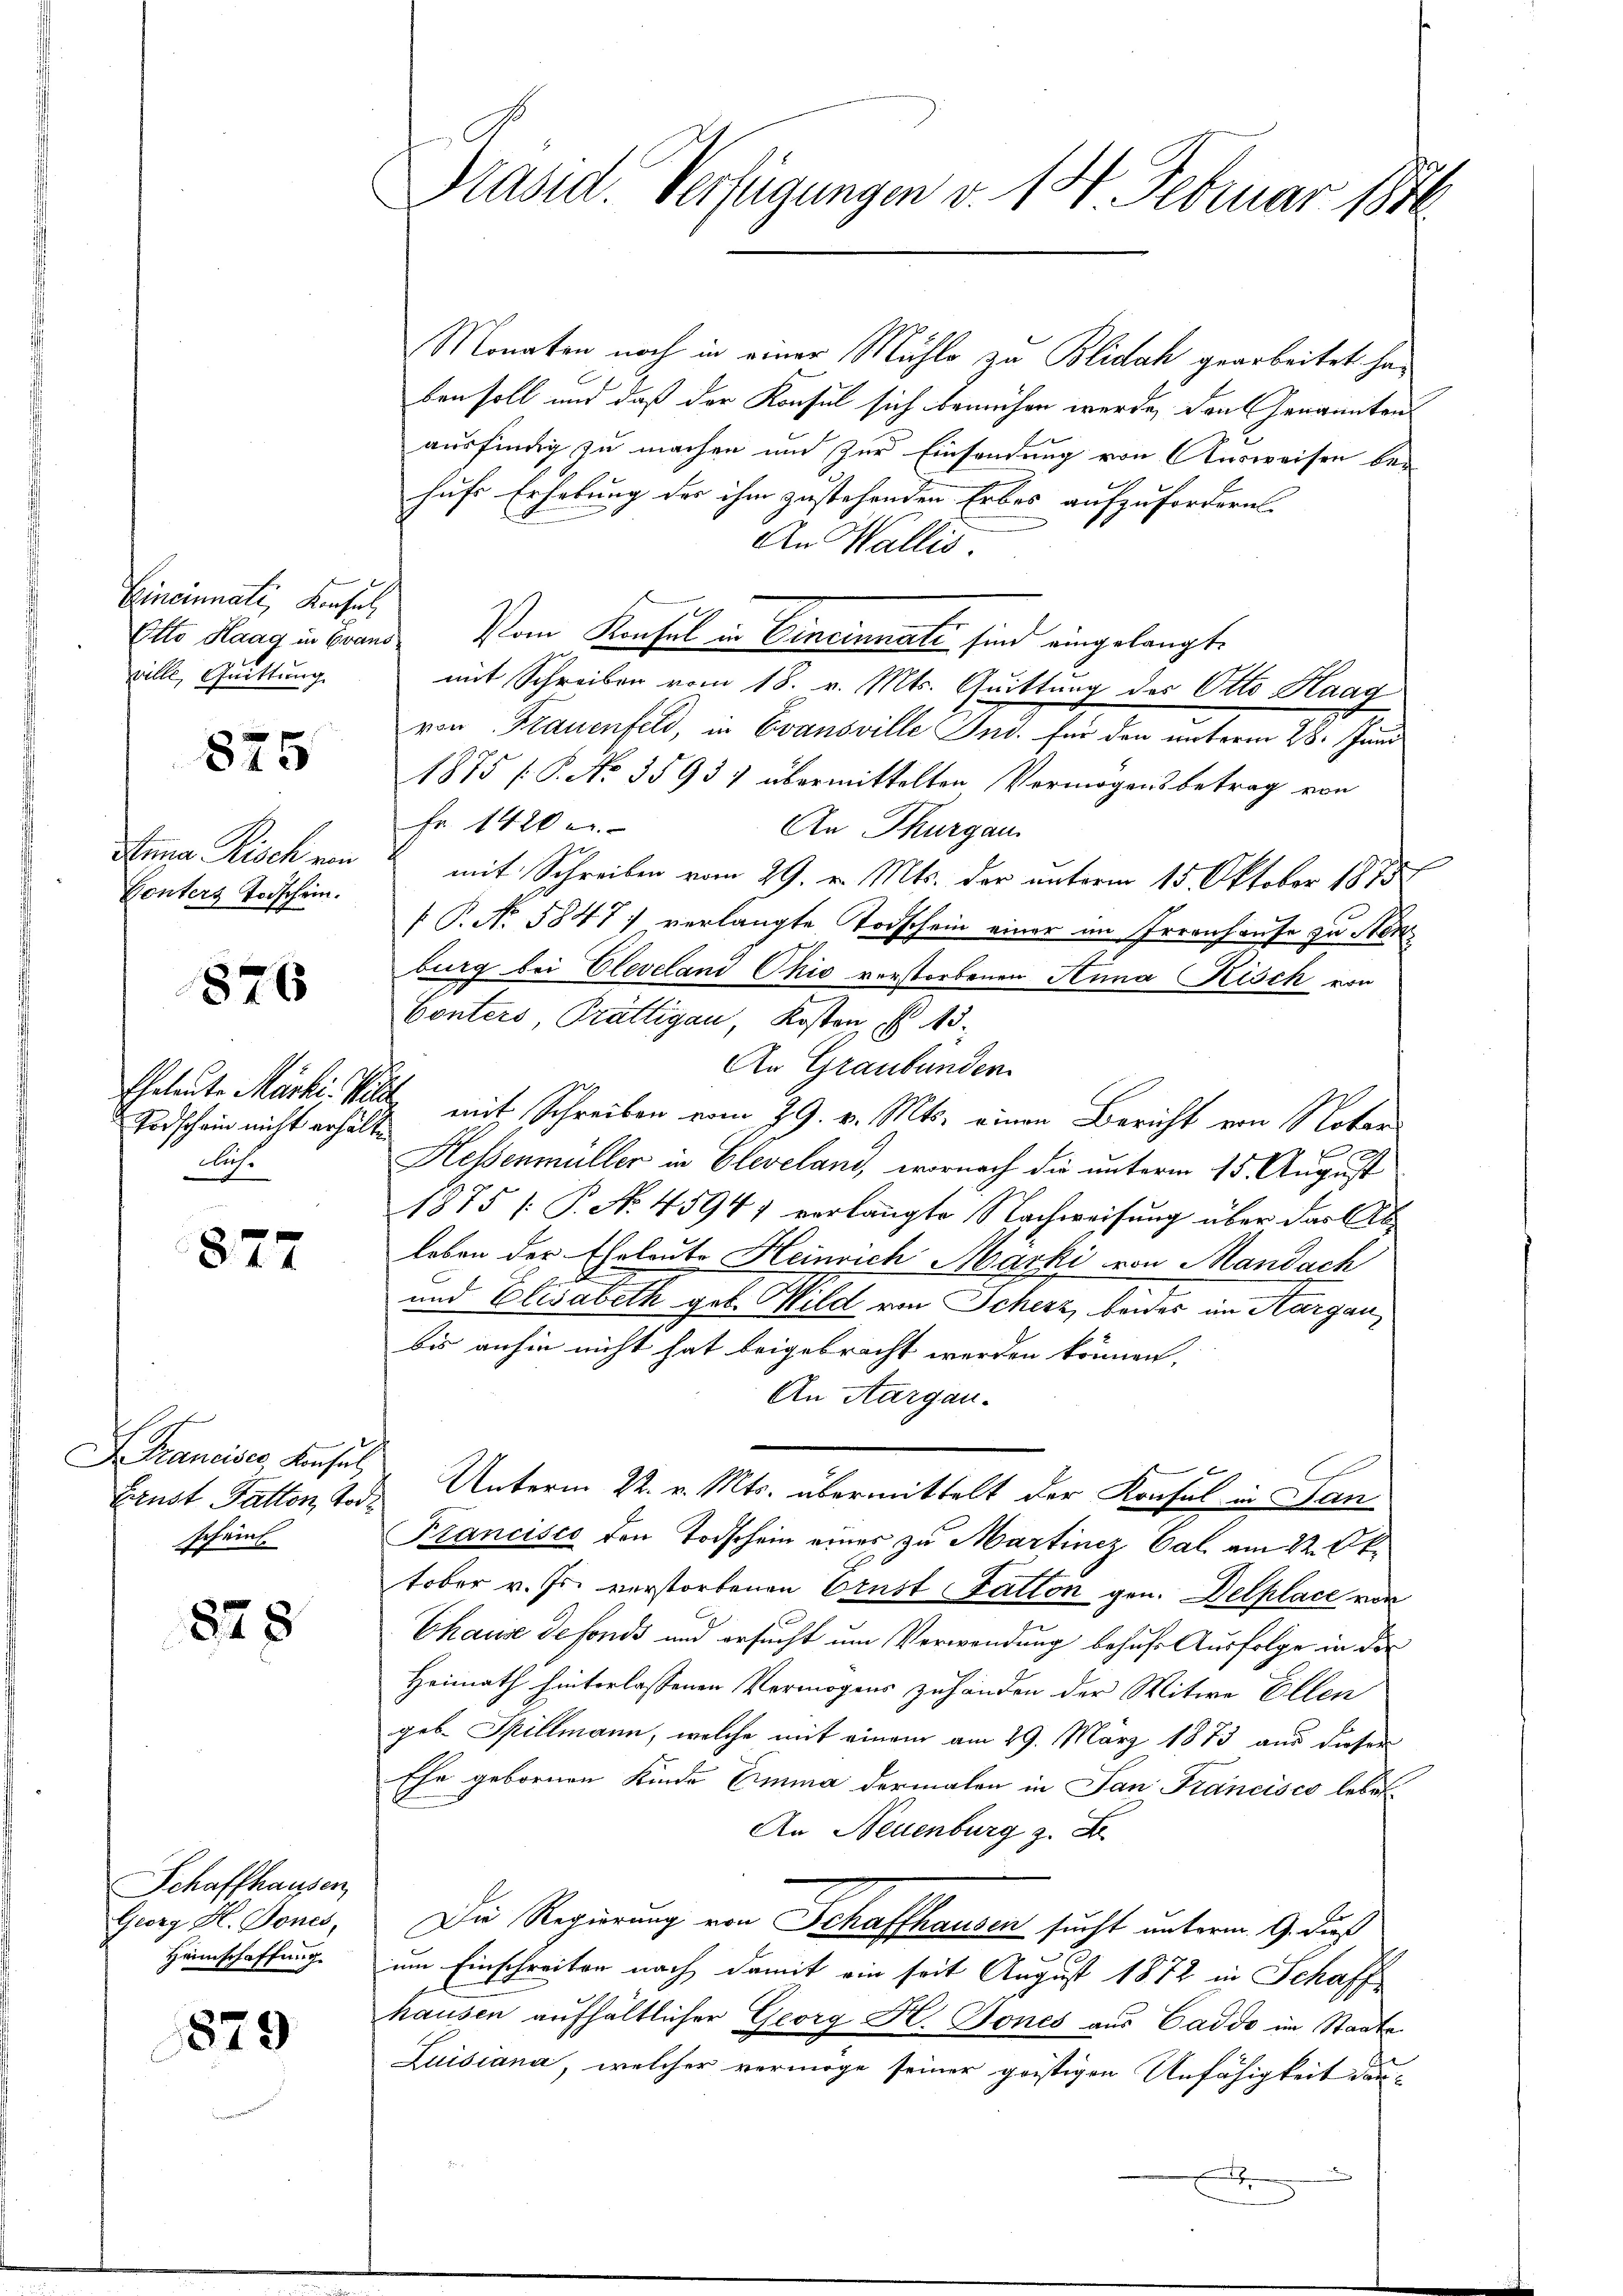
Cincinnati, Konsul
ville, Quittung

875

Anna Fisch von
Vonters Todschein.

826

Todschein nicht erhälte
clis.

877

Erust Falten Tod
scheint.

828

Schaffhausen,
Georg H. Dones,
Heimschaffung.

879

Präsid. Verfügungen v. 14. Februar 1890

Monaten noch in einer Mühle zu Blidah gearbeitet haben soll und daß der Konsul sich bemühen werde, den Genanntens
ausfindig zu machen und zur Einsendung von Ausweisen bei
hufe Erhebung der ihm zustehenden Erbes aufzufordern.
An Wallis.
Elle Klang in Brand, Vom Konfel in Cincinnate sind eingelangt.
mit Schreiben vom 18. v. Mts. Quittung des Otto Kaag
von Frauenfeld, in Evansville Ind. für den unterm 28. Juni
1875 /: P. No 3593) übermittelten Vermögensbetrag von
Fr. 1420 e
An Thurgau
mit Schreiben vom 29. v. Mts. der unterm 15. Oktober 1875
 P. No. 5847) verlangte Todschein einer im Irrenhause zu Ster
burg bei Eleveland Chić verstorbenen Anna Kisch von
Conters, Prättigau, Kosten N. 415.
An Graubünden.
Eheleute Märkis mit Schreiben vom 29. v. Mts. einen Bericht von Notar
Hessenmüller in Cleveland, wornach die unterm 15. August
1875 [ P. No. 4594) verlangte Nachweisung über das Ableben der Eheleute Heinrich Marki von Mandach
und Elisabeth geb. Hild von Scherz, beides im Aargaubis anhin nicht hat beigebracht werden können.
An Aargau.
Francises, Konsul Unterm 22. v. Mts. übermittelt der Konsul in San¬
Francisco den Todschein eines zu Martiniz Cal am 22. Ok
tober v. Js. verstorbenen Ernst Fatton gen. Delplace von
Chause defonds und ersucht um Verwendung behufs Ausfolge in der
Heimath hinterlassenen Vermögens zuhänden der Witwe Ellen
geb. Spillmann, welche mit einem am 29. März 1873 aus dieser
Ehe gebornen Kinde Emma dermalen in San Francisco lebet
An Neuenburg z. B.
Die Regierung von Schaffhausen sucht unterm 9. dieß
.
um Einschreiten nach damit ein seit August 1872 in Schaff
hausen aufhältlicher Georg H. Bones aus Caddo im Staate
Luisiana, welcher vermöge seiner geistigen Unfähigkeit dann
x
e